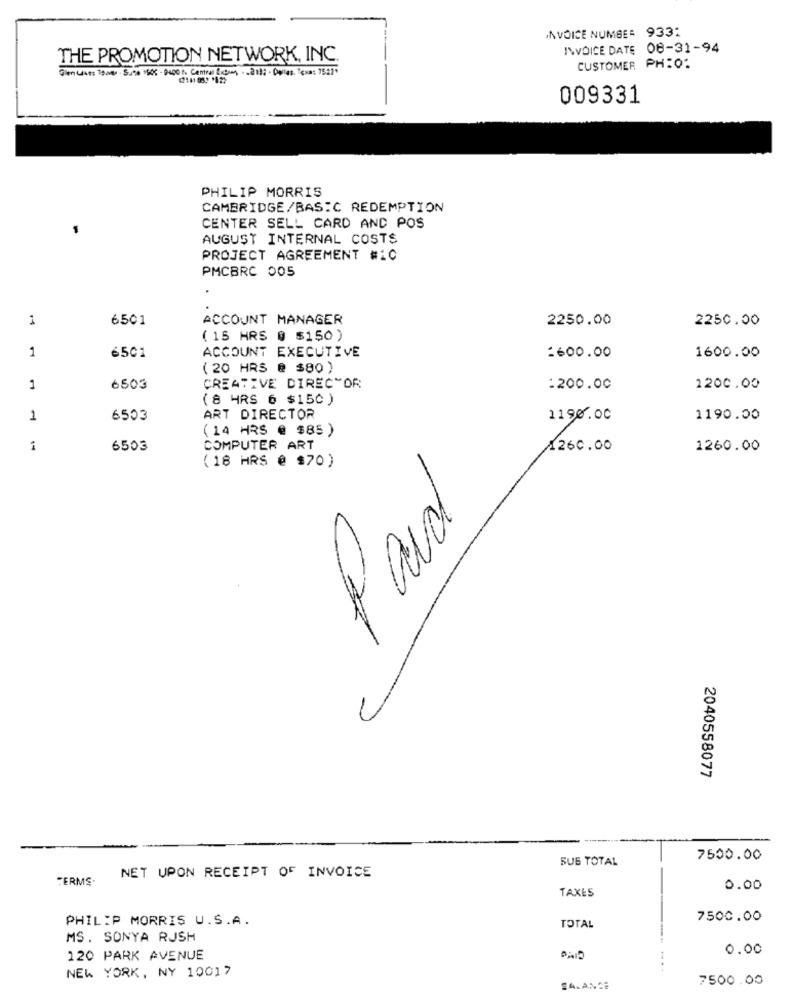
INVOICE NUMBE: 9331
INVOICE DATE 08-31-94
THE PROMOTION NETWORK, INC.
CUSTOMER PH:0:
009331
PHILIP MORRIS
CAMBRIDGE/BASIC REDEMPTION
CENTER SELL CARD AND POS
AUGUST INTERNAL COSTS
PROJECT AGREEMENT #10
PMCBRC 005
6501
ACCOUNT MANAGER
2250.00
2250.00
( 15 HRS @ $150 )
1
6501
ACCOUNT EXECUTIVE
:600.00
1600.00
( 20 HRS @ $80 )
1
6503
CREATIVE DIRECTOR
:200.00
1200.00
(8 HRS 6 $150 )
1
6503
ART DIRECTOR
1190.00
1190.00
(14 HRS @ $85)
6503
COMPUTER ART
1260.00
1260.00
(18 HRS @ $70)
Paid
2040558077
SUB TOTAL
7500.00
TERMS.
NET UPON RECEIPT OF INVOICE
TAXES
0.00
PHILIP MORRIS U.S.A.
7500.00
TOTAL
MS. SONYA RUSH
0.00
120 PARK AVENUE
DAID
NEW YORK, NY 10017
7500.00
SA.ANCE